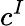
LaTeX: c^{I}